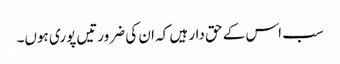
سب اس کے حق دار ہیں کہ ان کی ضرورتیں پوری ہوں۔